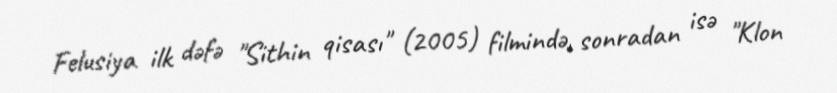
Felusiya ilk dəfə "Sithin qisası" (2005) filmində, sonradan isə "Klon